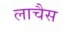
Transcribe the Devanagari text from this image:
लाचैस